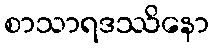
စာသာရဒဿိနော